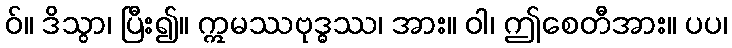
ဝ်။ ဒိသွာ၊ ပြီး၍။ ဣမဿဗုဒ္ဓဿ၊ အား။ ဝါ၊ ဤစေတီအား။ ပပ၊